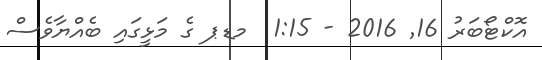
އޮކްޓޯބަރު 16